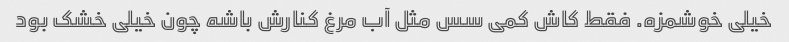
خیلی خوشمزه. فقط کاش کمی سس مثل آب مرغ کنارش باشه چون خیلی خشک بود